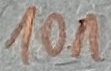
Text: 10µF